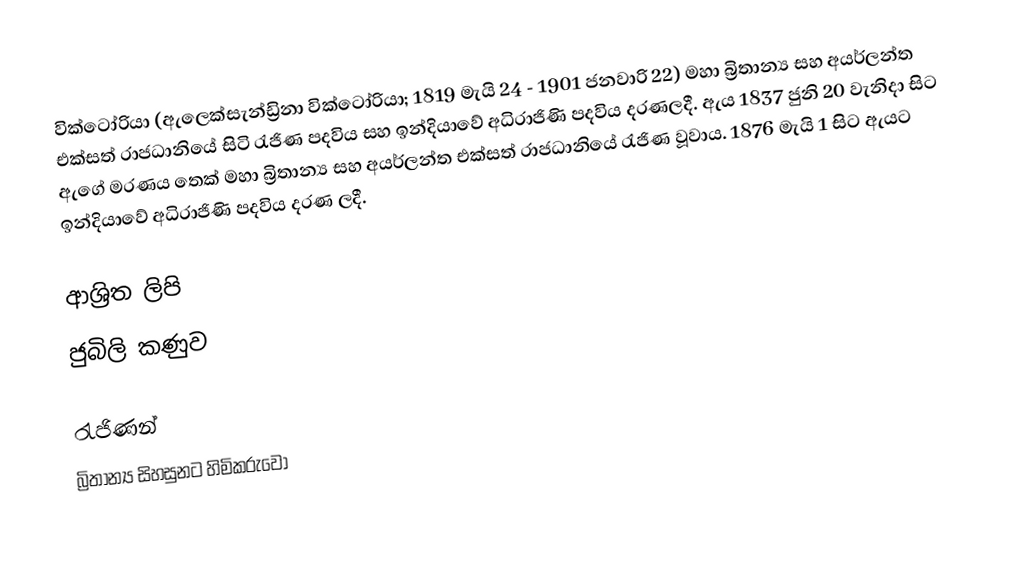
වික්ටෝරියා (ඇලෙක්සැන්ඩ්‍රිනා වික්ටෝරියා; 1819 මැයි 24 - 1901 ජනවාරි 22) මහා බ්‍රිතාන්‍ය සහ අයර්ලන්ත එක්සත් රාජධානියේ සිටි රැජිණ පදවිය සහ ඉන්දියාවේ අධිරාජිණි පදවිය දරණලදී. ඇය 1837 ජුනි 20 වැනිදා සිට ඇගේ මරණය තෙක් මහා බ්‍රිතාන්‍ය සහ අයර්ලන්ත එක්සත් රාජධානියේ රැජිණ වූවාය. 1876 මැයි 1 සිට ඇයට ඉන්දියාවේ අධිරාජිණි පදවිය දරණ ලදී.

ආශ්‍රිත ලිපි
 ජුබිලි කණුව

රැජිණන්
බ්‍රිතාන්‍ය සිහසුනට හිමිකරුවෝ